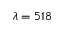
\lambda = 5 1 8